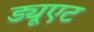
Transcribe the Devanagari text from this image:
ड्यूएट